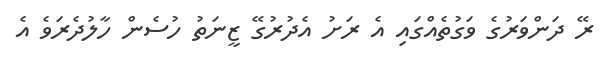
ރޭ ދަންވަރުގެ ވަގުތެއްގައި އެ ރަށު އެދުރުގޭ ޒީނަތު ހުސެން ހާލުދެރަވެ އެ